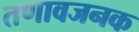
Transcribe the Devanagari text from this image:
तणावजनक